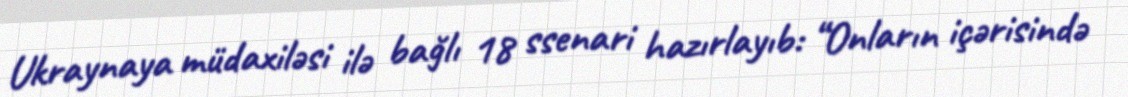
Ukraynaya müdaxiləsi ilə bağlı 18 ssenari hazırlayıb: “Onların içərisində